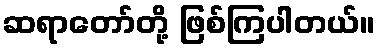
ဆရာတော်တို့ ဖြစ်ကြပါတယ်။